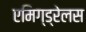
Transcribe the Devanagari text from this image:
एमिग्ड्रेलस